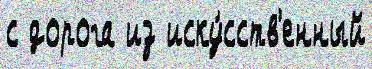
с дорога из иску́сств'енный